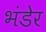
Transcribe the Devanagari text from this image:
भंडेर